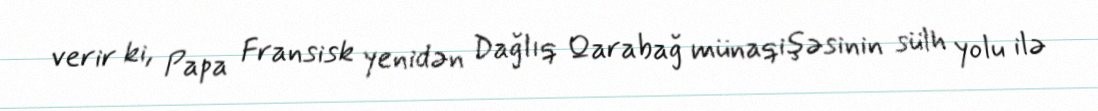
verir ki, Papa Fransisk yenidən Dağlıq Qarabağ münaqişəsinin sülh yolu ilə